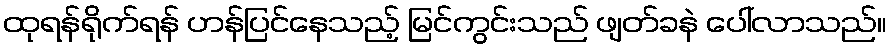
ထုရန်ရိုက်ရန် ဟန်ပြင်နေသည့် မြင်ကွင်းသည် ဖျတ်ခနဲ ပေါ်လာသည်။